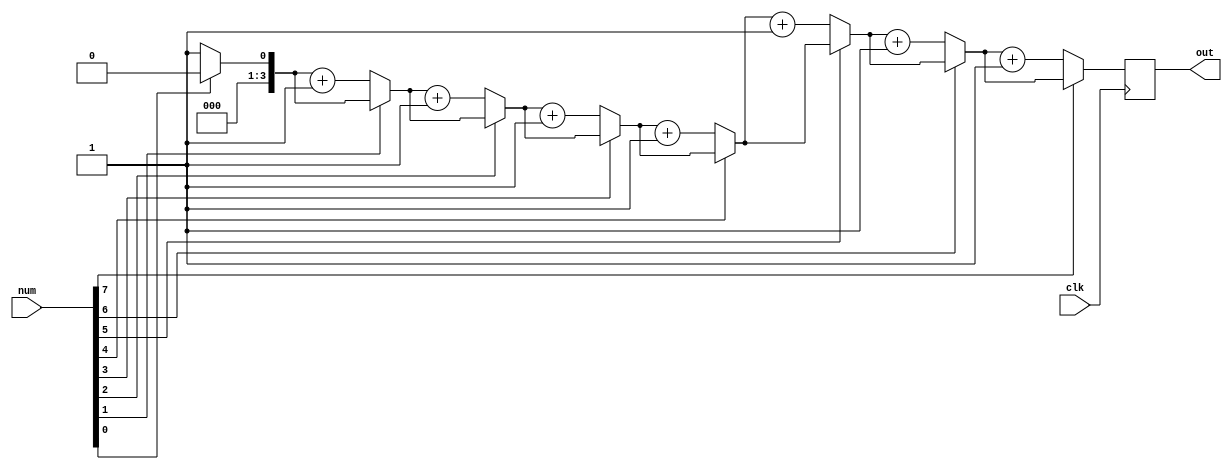
`timescale 1ns / 1ps

module Q14_function(
input clk,
input [7:0] num,
output reg [3:0] out
    );
    always@(posedge clk) begin
	out=zero_counter(num);
    end
   
    function [3:0] zero_counter(input [7:0] num);
        reg [3:0] counter;//local variable
        integer i;
        begin
        counter=0;
		//zero counter
        for(i=0;i<8;i=i+1)begin
            if(num[i]==0)
                counter=counter+1;
        end
        zero_counter=counter;
        end
    endfunction

endmodule